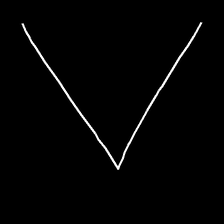
Glyph: region